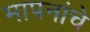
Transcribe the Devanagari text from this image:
मापनांचे